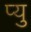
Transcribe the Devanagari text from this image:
प्यु